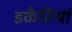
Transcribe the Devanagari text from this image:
डकैतियां